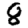
Digit: 8